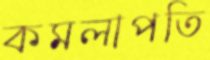
কমলাপতি